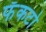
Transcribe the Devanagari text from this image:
फॅकटो